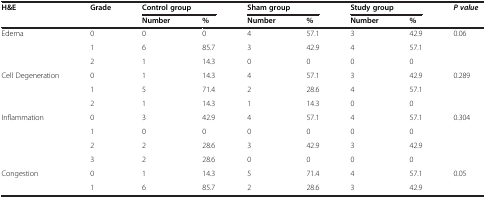
<table><thead><tr><td rowspan="2"><b>H&amp;E</b></td><td rowspan="2"><b>Grade</b></td><td colspan="2"><b>Control group</b></td><td colspan="2"><b>Sham group</b></td><td colspan="2"><b>Study group</b></td><td rowspan="2"><b><i>P value</i></b></td></tr><tr><td><b>Number</b></td><td><b>%</b></td><td><b>Number</b></td><td><b>%</b></td><td><b>Number</b></td><td><b>%</b></td></tr></thead><tbody><tr><td rowspan="3">Edema</td><td>0</td><td>0</td><td>0</td><td>4</td><td>57.1</td><td>3</td><td>42.9</td><td rowspan="3">0.06</td></tr><tr><td>1</td><td>6</td><td>85.7</td><td>3</td><td>42.9</td><td>4</td><td>57.1</td></tr><tr><td>2</td><td>1</td><td>14.3</td><td>0</td><td>0</td><td>0</td><td>0</td></tr><tr><td rowspan="3">Cell Degeneration</td><td>0</td><td>1</td><td>14.3</td><td>4</td><td>57.1</td><td>3</td><td>42.9</td><td rowspan="3">0.289</td></tr><tr><td>1</td><td>5</td><td>71.4</td><td>2</td><td>28.6</td><td>4</td><td>57.1</td></tr><tr><td>2</td><td>1</td><td>14.3</td><td>1</td><td>14.3</td><td>0</td><td>0</td></tr><tr><td rowspan="4">Inflammation</td><td>0</td><td>3</td><td>42.9</td><td>4</td><td>57.1</td><td>4</td><td>57.1</td><td rowspan="4">0.304</td></tr><tr><td>1</td><td>0</td><td>0</td><td>0</td><td>0</td><td>0</td><td>0</td></tr><tr><td>2</td><td>2</td><td>28.6</td><td>3</td><td>42.9</td><td>3</td><td>42.9</td></tr><tr><td>3</td><td>2</td><td>28.6</td><td>0</td><td>0</td><td>0</td><td>0</td></tr><tr><td rowspan="2">Congestion</td><td>0</td><td>1</td><td>14.3</td><td>5</td><td>71.4</td><td>4</td><td>57.1</td><td rowspan="2">0.05</td></tr><tr><td>1</td><td>6</td><td>85.7</td><td>2</td><td>28.6</td><td>3</td><td>42.9</td></tr></tbody></table>